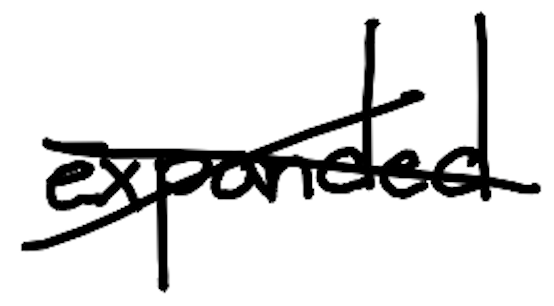
Text: expanded
Cross-out: mix
Writing tool: digital_black